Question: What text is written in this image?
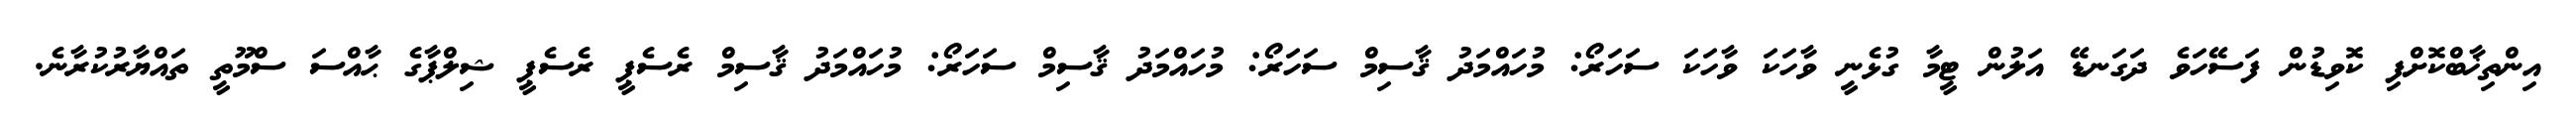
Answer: އިންތިޚާބްކޮށްފި ކޮވިޑުން ފަސޭހަވެ ދަގަނޑޭ އަލުން ޓީމާ ގުޅެނީ ވާހަކަ ވާހަކަ ސަހަރޯ: މުހައްމަދު ޤާސިމް ސަހަރޯ: މުހައްމަދު ޤާސިމް ސަހަރޯ: މުހައްމަދު ޤާސިމް ރެސެޕީ ރެސެޕީ ޝިލްޕާގެ ޙާއްސަ ސްމޫތީ ތައްޔާރުކުރާނެ.